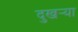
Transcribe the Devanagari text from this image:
दुखर्‍या